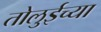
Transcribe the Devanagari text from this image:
तोलुईच्या